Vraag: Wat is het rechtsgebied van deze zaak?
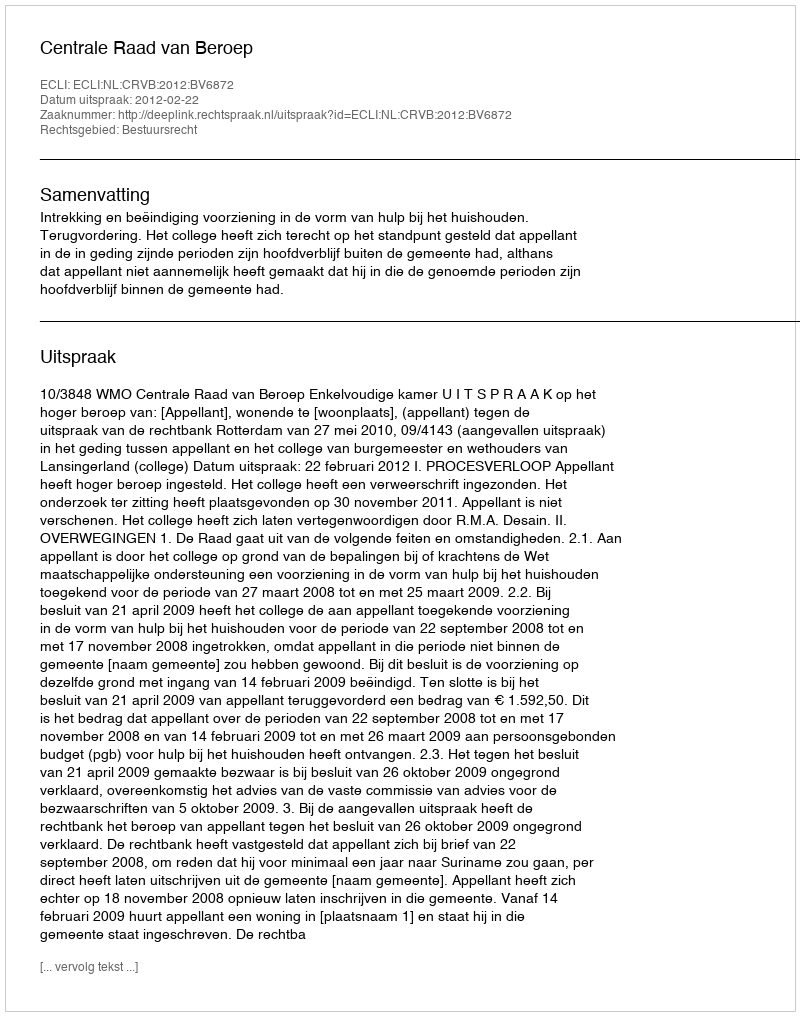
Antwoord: Bestuursrecht